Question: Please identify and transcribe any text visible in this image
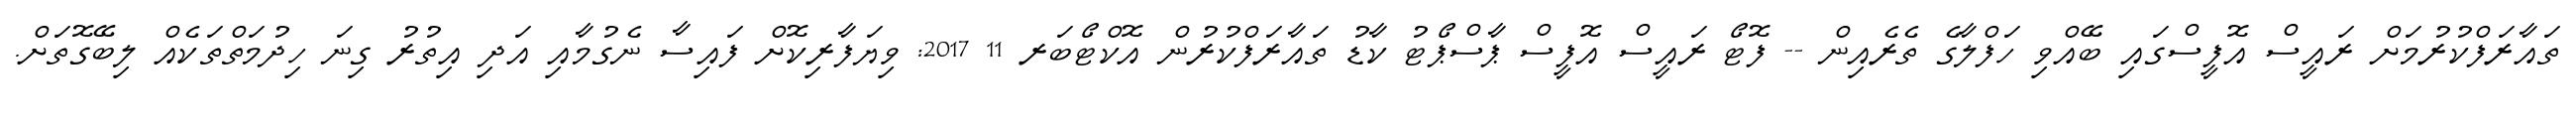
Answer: ތައާރަފްކުރުމަށް ރައީސް އޮފީސްގައި ބޭއްވި ހަފްލާގެ ތެރެއިން -- ފޮޓޯ ރައީސް އޮފީސް ޕާސްޕޯޓު ކާޑު ތައާރަފްކުރުން އޮކްޓޯބަރ 11 2017: ވިޔަފާރިކޮށް ފައިސާ ނެގުމާއި އަދި އިތުރު ގިނަ ހިދުމަތްތަކެއް ލިބޭގޮތަށް.